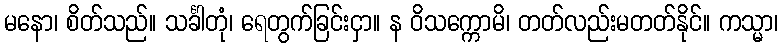
မနော၊ စိတ်သည်။ သင်္ခါတုံ၊ ရေတွက်ခြင်းငှာ။ န ဝိသက္ကောမိ၊ တတ်လည်းမတတ်နိုင်။ ကသ္မာ၊